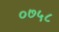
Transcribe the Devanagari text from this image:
०७५८